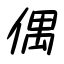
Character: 偶